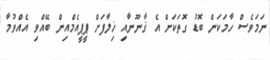
ނަމަވެސް ހާމަކަން ބޮޑު ގޮތަކަށް އެ ޤާނޫނާއި ޚިލާފަށް ޕީޕީއެމްއިން ބޭއްވި އެއްވުމާ